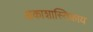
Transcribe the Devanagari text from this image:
अकाशास्तिकाय